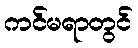
ကင်မရာတွင်